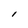
Character: I